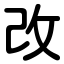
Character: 改